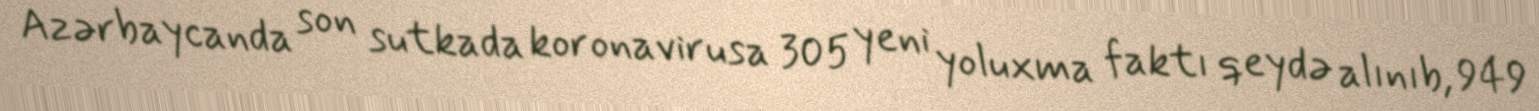
Azərbaycanda son sutkada koronavirusa 305 yeni yoluxma faktı qeydə alınıb, 949